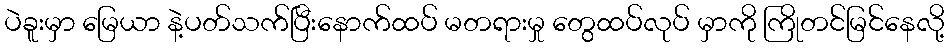
ပဲခူးမှာ မြေယာ နဲ့ပတ်သက်ပြီးနောက်ထပ် မတရားမှု တွေထပ်လုပ် မှာကို ကြိုတင်မြင်နေလို့